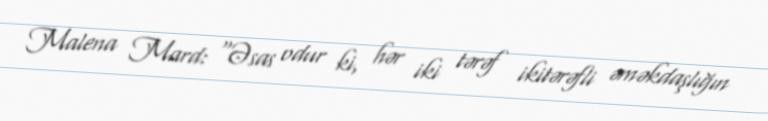
Malena Mard: “Əsas odur ki, hər iki tərəf ikitərəfli əməkdaşlığın